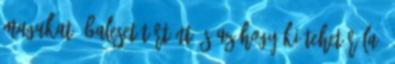
magukat. Baleset történt, s az hogy ki tehet róla,